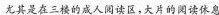
尤其在三楼的成人阅读区，大片的阅读休息